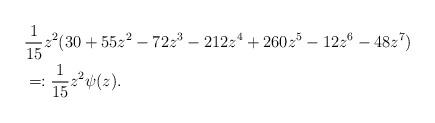
LaTeX: \begin{align*}&\frac{1}{15} z^2 (30+55z^{2}-72z^{3}-212z^{4}+260z^{5} -12z^6-48z^7)\\&=:\frac{1}{15} z^2 \psi(z).\end{align*}